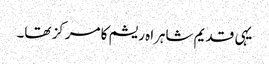
یہی قدیم شاہراہ ریشم کا مرکز تھا۔